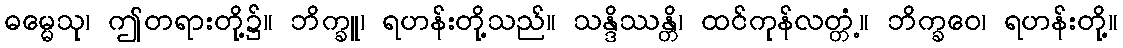
ဓမ္မေသု၊ ဤတရားတို့၌။ ဘိက္ခူ၊ ရဟန်းတို့သည်။ သန္ဒိဿန္တိ၊ ထင်ကုန်လတ္တံ့။ ဘိက္ခဝေ၊ ရဟန်းတို့။